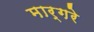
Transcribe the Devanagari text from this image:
मार्गरे